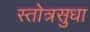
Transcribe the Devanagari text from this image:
स्तोत्रसुधा